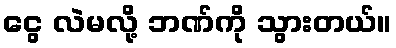
ငွေ လဲမလို့ ဘဏ်ကို သွားတယ်။